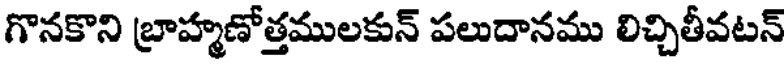
గొనకొని బ్రాహ్మణోత్తములకున్ పలుదానము లిచ్చితీవటన్